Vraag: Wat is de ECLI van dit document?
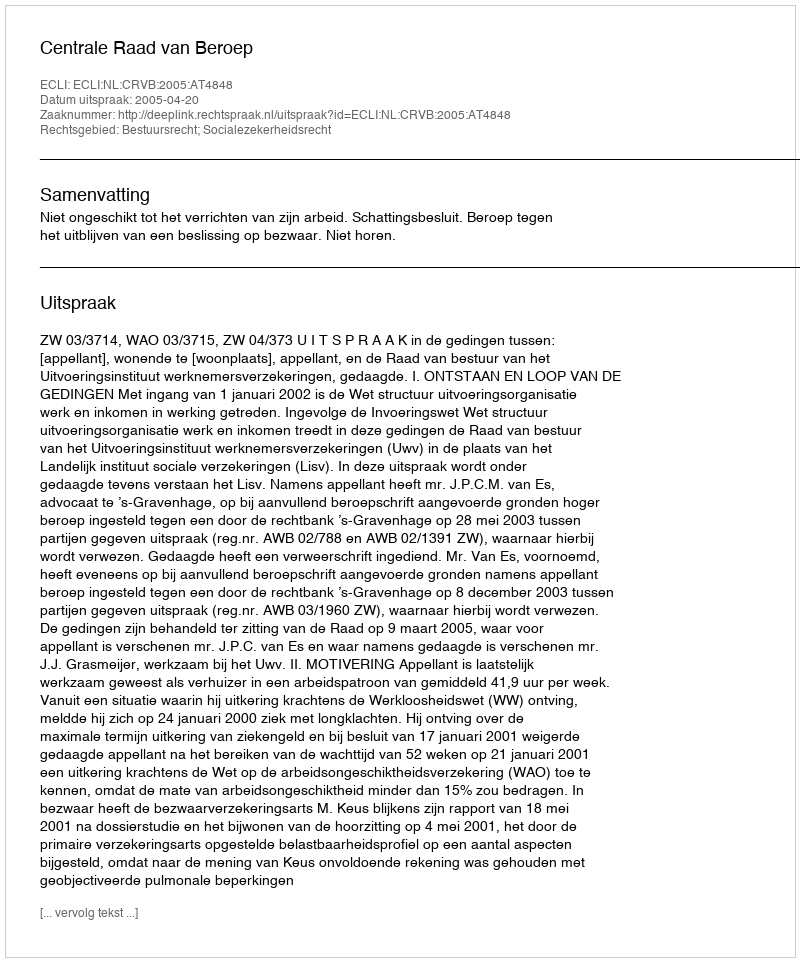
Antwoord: ECLI:NL:CRVB:2005:AT4848